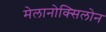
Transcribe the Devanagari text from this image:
मेलानोक्सिलोन